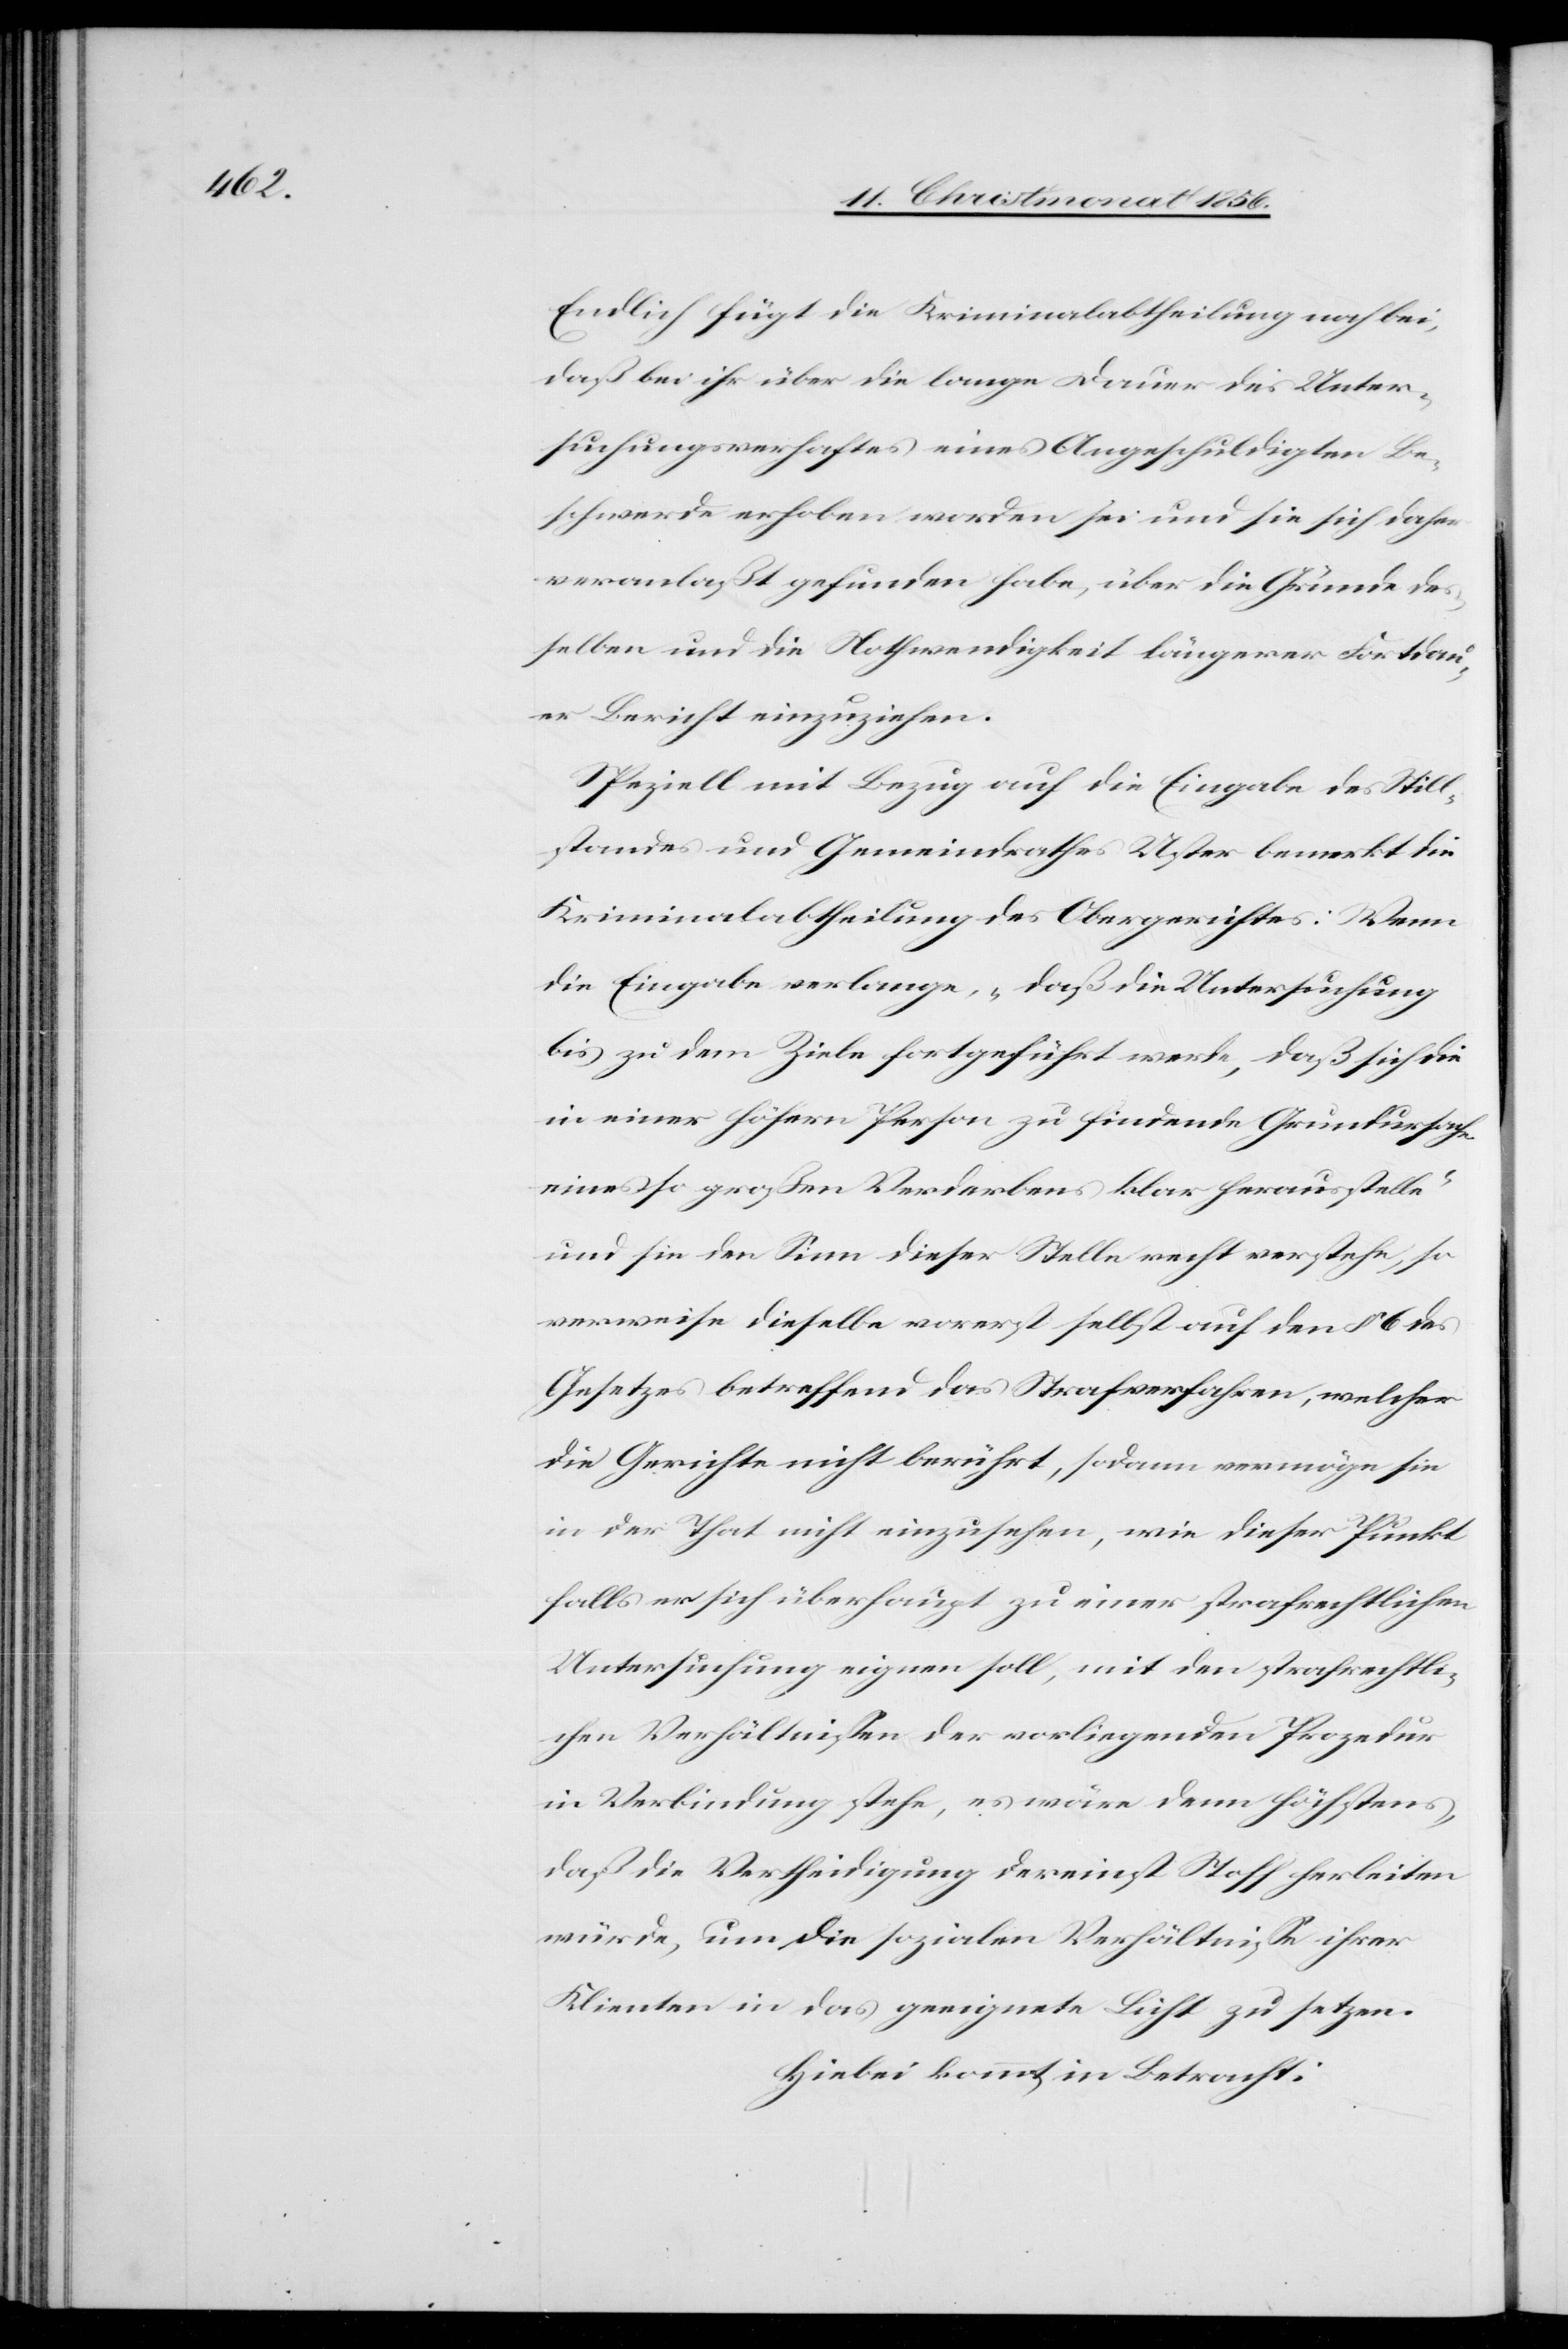
Endlich fügt die Kriminalabtheilung noch bei,
daß bei ihr über die lange Dauer des Unter¬
suchungsverhaftes eines Angeschuldigten Be¬
schwerde erhoben worden sei und sie sich daher
veranlaßt gefunden habe, über die Gründe des¬
selben und die Nothwendigkeit längerer Fortdau¬
er Bericht einzuziehen.
Speziell mit Bezug auf die Eingabe des Still¬
standes und Gemeindrathes Uster bemerkt die
Kriminalabtheilung des Obergerichtes: Wenn
die Eingabe verlange, „daß die Untersuchung
bis zu dem Ziele fortgeführt werde, das sich die
in einer höhern Person zu findende Grundursache
eines so großen Verderbens klar herausstelle“
und sie den Sinn dieser Stelle recht verstehe, so
verweise dieselbe vorerst selbst auf den § 6 des
Gesetzes betreffend das Strafverfahren, welcher
die Gerichte nicht berührt, sodann vermöge sie
in der That nicht einzusehen, wie dieser Punkt
falls er sich überhaupt zu einer strafrechtlichen
Untersuchung eignen soll, mit den strafrechtli¬
chen Verhältnißen der vorliegenden Prozedur
in Verbindung stehe, es wäre denn höchstens,
daß die Vertheidigung dereinst Stoff herleiten
würde, um die sozialen Verhältnisse ihrer
Klienten in das geeignete Licht zu setzen.
Hiebei kommt in Betracht: